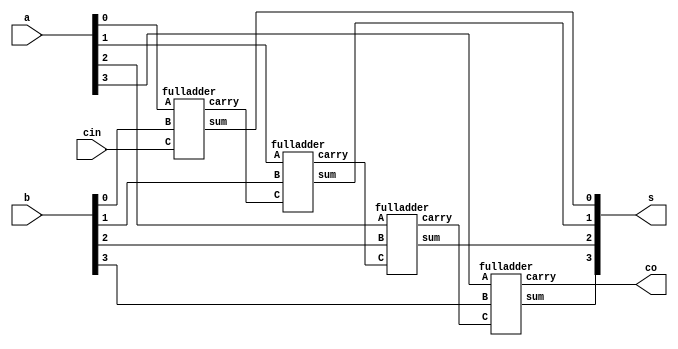
//20L115
//GOKUL P

module binary4bitadder(input [3:0] a,b,
    input cin,
    output co,
    output [3:0] s
    );
wire c1,c2,c3;
fulladder fa0(a[0],b[0],cin,s[0],c1);
fulladder fa1(a[1],b[1],c1,s[1],c2);
fulladder fa2(a[2],b[2],c2,s[2],c3);
fulladder fa3(a[3],b[3],c3,s[3],co);
endmodule

module fulladder(input A,B,C,output sum,carry );
wire d0,b0,b1;
halfadder g1(A,B,d0,b0);
halfadder g2(d0,C,carry,b1);
or g3(sum,b1,b0);
endmodule

module halfadder(a,b,s,c);
input a,b;
output s,c;
//assign{c,s} =a+b; 
assign s=a^b;
assign c=a&b;
endmodule